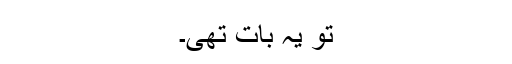
تو یہ بات تھی۔